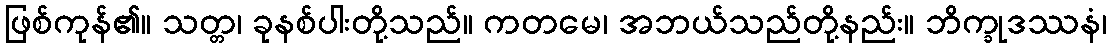
ဖြစ်ကုန်၏။ သတ္တ၊ ခုနစ်ပါးတို့သည်။ ကတမေ၊ အဘယ်သည်တို့နည်း။ ဘိက္ခုဒဿနံ၊